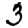
Digit: 3